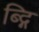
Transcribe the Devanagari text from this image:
ब्द्गि